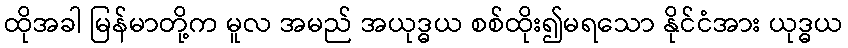
ထိုအခါ မြန်မာတို့က မူလ အမည် အယုဒ္ဓယ စစ်ထိုး၍မရသော နိုင်ငံအား ယုဒ္ဓယ